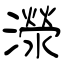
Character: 濴